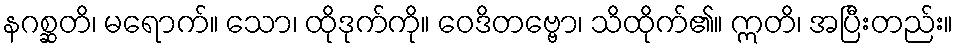
နဂစ္ဆတိ၊ မရောက်။ သော၊ ထိုဒုက်ကို။ ဝေဒိတဗ္ဗော၊ သိထိုက်၏။ ဣတိ၊ အပြီးတည်း။